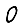
Digit: 0